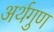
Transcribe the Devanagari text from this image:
अर्थगुण